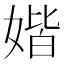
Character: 媘